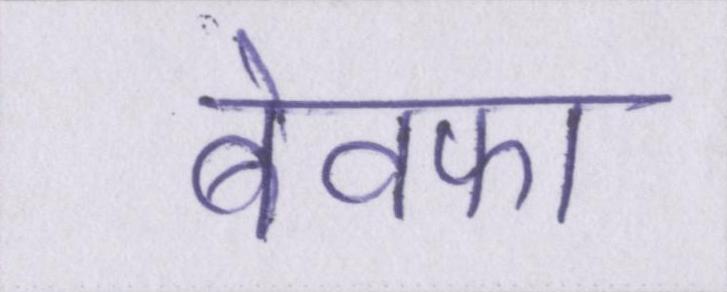
बेवफा